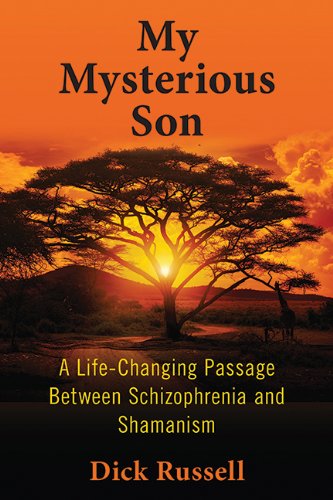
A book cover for My Mysterious Son: A Life-Changing Passage Between Schizophrenia and Shamanism; Dick Russell; Health, Fitness & Dieting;